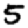
Digit: 5